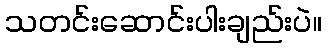
သတင်းဆောင်းပါးချည်းပဲ။